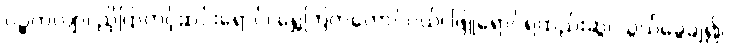
ပဉ္စကလျာ၊ ညိုပြာတင့်ဆင်းရောင်၊ ရွှေကြက်တောင်ဝယ်၊ ဖြူရောင်ရထည်းဆွ၊ သွယ်ခွေချ၍၊